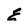
Character: E